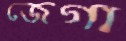
জেগা